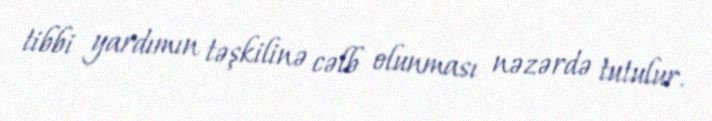
tibbi yardımın təşkilinə cəlb olunması nəzərdə tutulur.